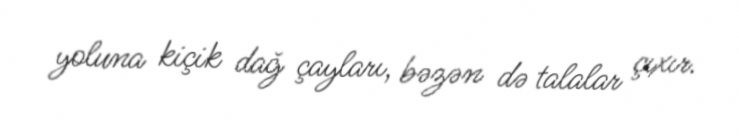
yoluna kiçik dağ çayları, bəzən də talalar çıxır.